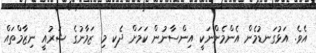
އެވެ. އަޅުގަނޑުމެން އެންމެންނަކީ އިންސާނުން ކަމަށް ދެކި މި ޒަމާނުގެ ޝަރުއީ ނިޒާމްތައް